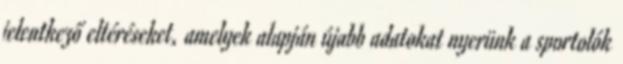
jelentkező eltéréseket, amelyek alapján újabb adatokat nyerünk a sportolók